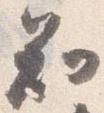
知